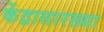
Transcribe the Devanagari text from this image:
केंद्रासारख्या